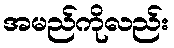
အမည်ကိုလည်း